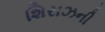
શિરાઝની